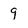
Character: 9